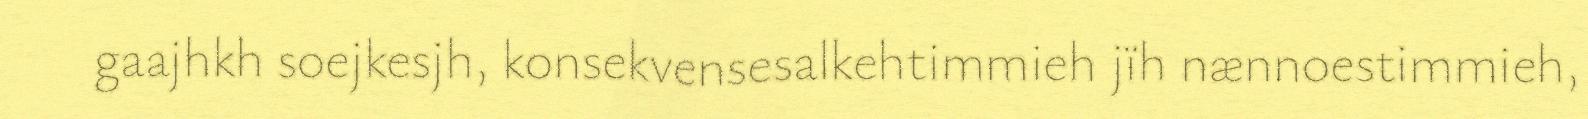
gaajhkh soejkesjh, konsekvensesalkehtimmieh jïh nænnoestimmieh,